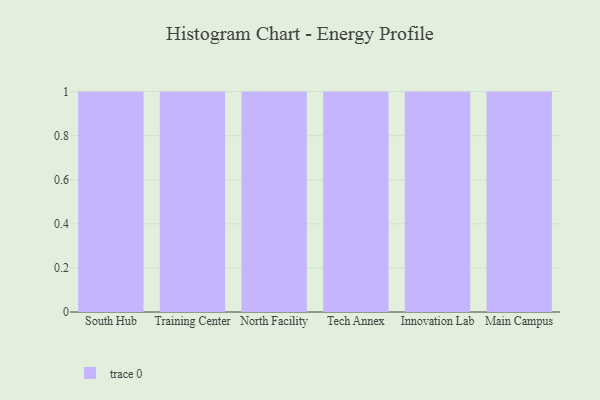
{"axis": {"x": "Campus", "y": "Revenue (USD Million)"}, "legend": [""], "data": [{"x": "South Hub", "y": 25, "type": ""}, {"x": "Training Center", "y": 10, "type": ""}, {"x": "North Facility", "y": 39, "type": ""}, {"x": "Tech Annex", "y": 21, "type": ""}, {"x": "Innovation Lab", "y": 89, "type": ""}, {"x": "Main Campus", "y": 59, "type": ""}]}